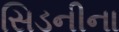
સિડનીના